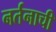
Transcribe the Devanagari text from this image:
नर्तनाची